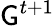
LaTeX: \mathsf{G}^{t+1}